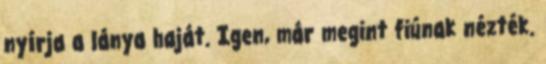
nyírja a lánya haját. Igen, már megint fiúnak nézték.